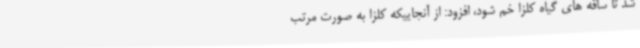
شد تا ساقه های گیاه کلزا خم شود، افزود: از آنجاییکه کلزا به صورت مرتب